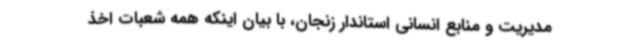
مدیریت و منابع انسانی استاندار زنجان، با بیان اینکه همه شعبات اخذ